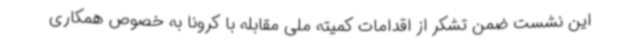
این نشست ضمن تشکر از اقدامات کمیته ملی مقابله با کرونا به خصوص همکاری